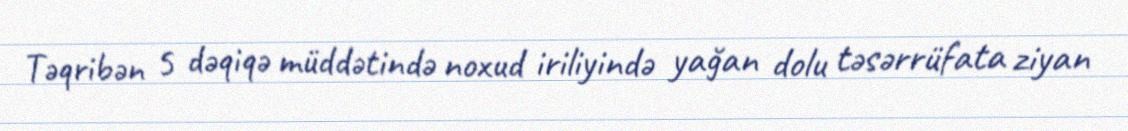
Təqribən 5 dəqiqə müddətində noxud iriliyində yağan dolu təsərrüfata ziyan